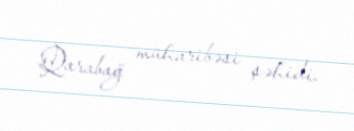
Qarabağ müharibəsi şəhidi.